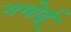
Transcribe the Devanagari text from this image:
गमोई